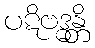
ပဋိဗဒ္ဓန္တိ